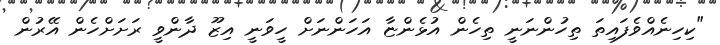
"ކިހިނެއްވެފައިތަ ތިހުންނަނީ ތިހެން އުޅެންޏާ އަހަންނަށް ހީވަނީ އިޒޫ ދާންވީ ރަށަށްހެން އޭރުން